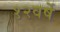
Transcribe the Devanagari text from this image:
१२वर्षे